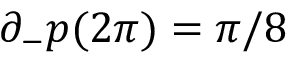
\partial _ { - } p ( 2 \pi ) = \pi / 8